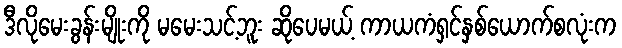
ဒီလိုမေးခွန်းမျိုးကို မမေးသင့်ဘူး ဆိုပေမယ့် ကာယကံရှင်နှစ်ယောက်စလုံးက